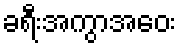
ခရီးအကွာအဝေး